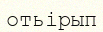
отьірып